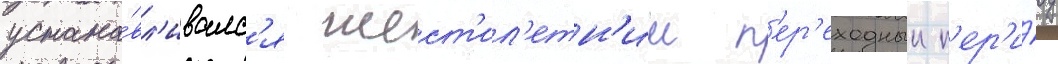
устана́вл'ивалс'я шест'ил'етн'ии п'ер'еходныи п'ер'и́од